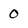
Character: 0